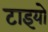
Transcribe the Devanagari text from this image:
टाइयो